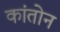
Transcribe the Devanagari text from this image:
कांतोन